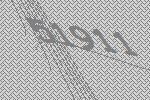
51911